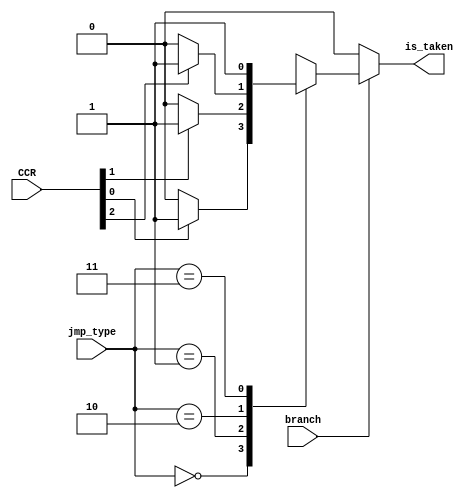
module BranchUnit (CCR,branch,jmp_type,is_taken);

input [3:0] CCR;
input branch;
input [1:0] jmp_type;
output reg is_taken;

always @ (*) begin
    is_taken =1'b0;
    if(branch) begin

        case (jmp_type)
        2'b00: begin  
            if( CCR[0] == 1'b1 ) begin
                is_taken = 1'b1;
            end
        end
        2'b01: begin  
            if( CCR[1] == 1'b1) begin
                is_taken = 1'b1;
            end
        end
        2'b10: begin  
            if(CCR[2]== 1'b1 ) begin
                is_taken = 1'b1;
            end
        end
        2'b11: begin  
            is_taken = 1'b1;
        end
        default: 
            is_taken = 1'b0;
        endcase
    end
end

endmodule